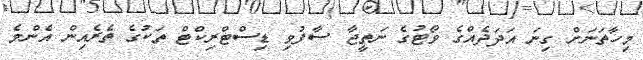
މިހާތަނަށް ގިނަ އަދަދެއްގެ ވޯޓުގެ ނަތީޖާ ސާފުވި ޑިސްޓްރިކްޓް ތަކުގެ ތެރެއިން އެންމެ